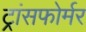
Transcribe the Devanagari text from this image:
ट्रांसफोर्मर